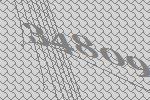
34809